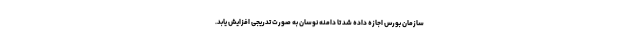
سازمان بورس اجازه داده شد تا دامنه نوسان به صورت تدریجی افزایش یابد.